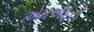
એમએફટી